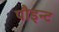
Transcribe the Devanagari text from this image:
पौइन्ट